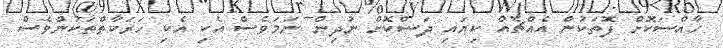
ހާއްސަކޮށް ފޮތަކުން އެއްޗެއް ކިޔައި ދަސްކޮށް ނުދިން ނަމަވެސް އެކި އެކި ހަރަކާތްތަކުންވެސް